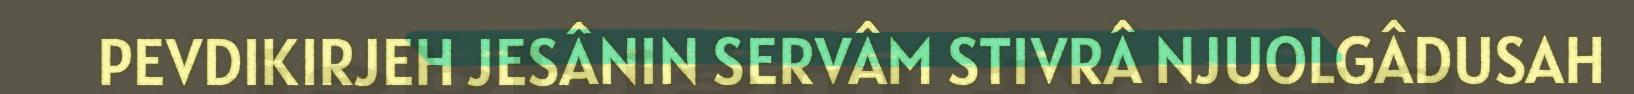
PEVDIKIRJEH JESÂNIN SERVÂM STIVRÂ NJUOLGÂDUSAH